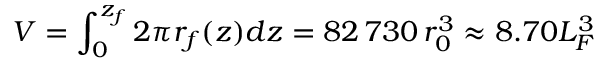
V = \int _ { 0 } ^ { z _ { f } } 2 \pi r _ { f } ( z ) d z = 8 2 \, 7 3 0 \, r _ { 0 } ^ { 3 } \approx 8 . 7 0 L _ { F } ^ { 3 }